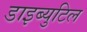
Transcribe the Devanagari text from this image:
डाइब्युटिल